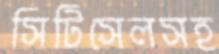
সিটিসেলসহ